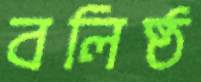
বলিষ্ঠ